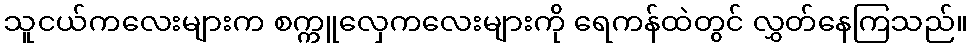
သူငယ်ကလေးများက စက္ကူလှေကလေးများကို ရေကန်ထဲတွင် လွှတ်နေကြသည်။